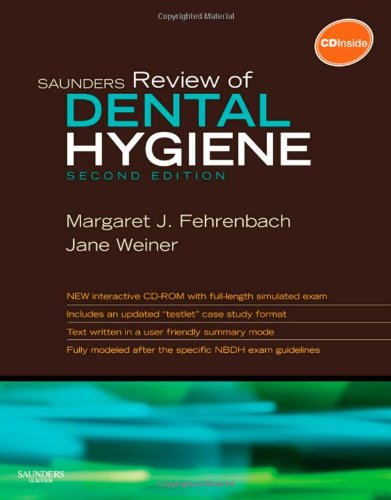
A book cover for Saunders Review of Dental Hygiene, 2e; Margaret J. Fehrenbach; Medical Books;